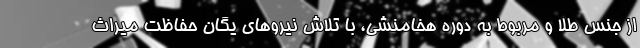
از جنس طلا و مربوط به دوره هخامنشی، با تلاش نیروهای یگان حفاظت میراث